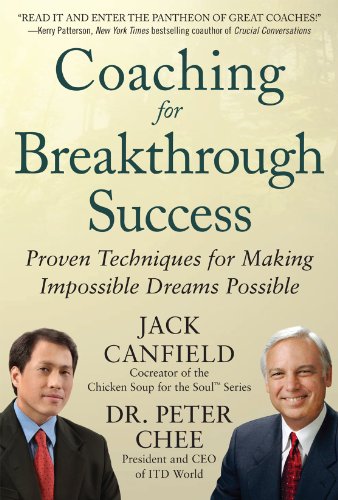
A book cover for Coaching for Breakthrough Success: Proven Techniques for Making Impossible Dreams Possible; Jack Canfield; Business & Money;